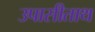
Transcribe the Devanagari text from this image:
उपासीताथ